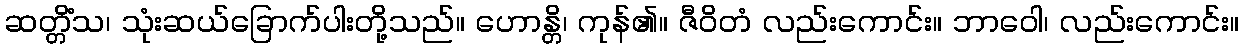
ဆတ္တိံသ၊ သုံးဆယ်ခြောက်ပါးတို့သည်။ ဟောန္တိ၊ ကုန်၏။ ဇီဝိတံ လည်းကောင်း။ ဘာဝေါ၊ လည်းကောင်း။